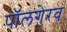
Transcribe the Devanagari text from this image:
पॉलगे्रव